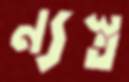
ন্যস্ত